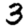
Digit: 3